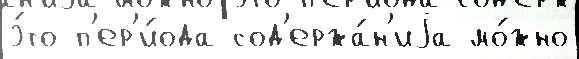
э́то п'ер'и́ода сод'ержа́н'иjа мо́жно